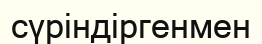
сүріндіргенмен